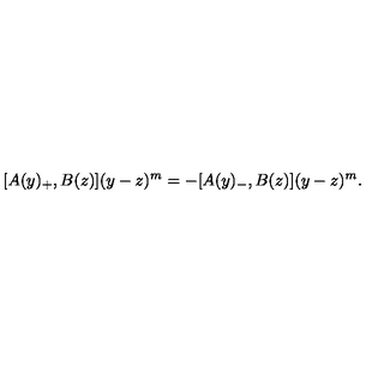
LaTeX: [ A ( y ) _ { + } , B ( z ) ] ( y - z ) ^ { m } = - [ A ( y ) _ { - } , B ( z ) ] ( y - z ) ^ { m } .